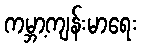
ကမ္ဘာ့ကျန်းမာရေး